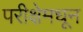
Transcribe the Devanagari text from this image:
परीक्षेमधून